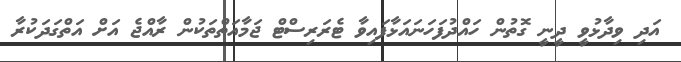
އަދި ވިދާޅުވީ ދީނީ ގޮތުން ހައްދުފަހަނައަޅާފައިވާ ޓެރަރިސްޓް ޖަމާއަތްތަކުން ރާއްޖެ އަށް އަތްގަދަކުރާ